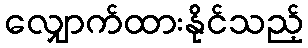
လျှောက်ထားနိုင်သည့်